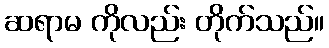
ဆရာမ ကိုလည်း တိုက်သည်။